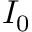
I _ { 0 }